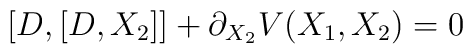
[ D, [ D,X_2 ] ] + \partial_{X_2} V(X_1,X_2)=0